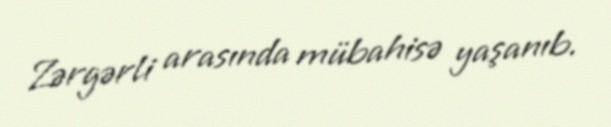
Zərgərli arasında mübahisə yaşanıb.